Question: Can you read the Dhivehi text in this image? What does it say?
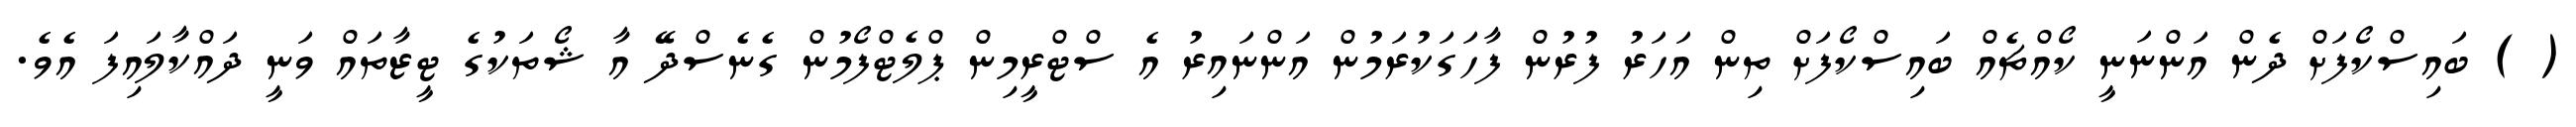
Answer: ( ) ބައިސްކޯފަށް ދެން އަންނަނީ ކޯއްޗެއް ބައިސްކޯފަށް ތިން އަހަރު ފުރުން ފާހަގަކުރަމުން އަންނައިރު އެ ސްޓްރީމިން ޕްލެޓްފޯމުން ގެނެސްދޭ އާ ޝޯތަކުގެ ޓީޒާތައް ވަނީ ދައްކާލައިފަ އެވެ.